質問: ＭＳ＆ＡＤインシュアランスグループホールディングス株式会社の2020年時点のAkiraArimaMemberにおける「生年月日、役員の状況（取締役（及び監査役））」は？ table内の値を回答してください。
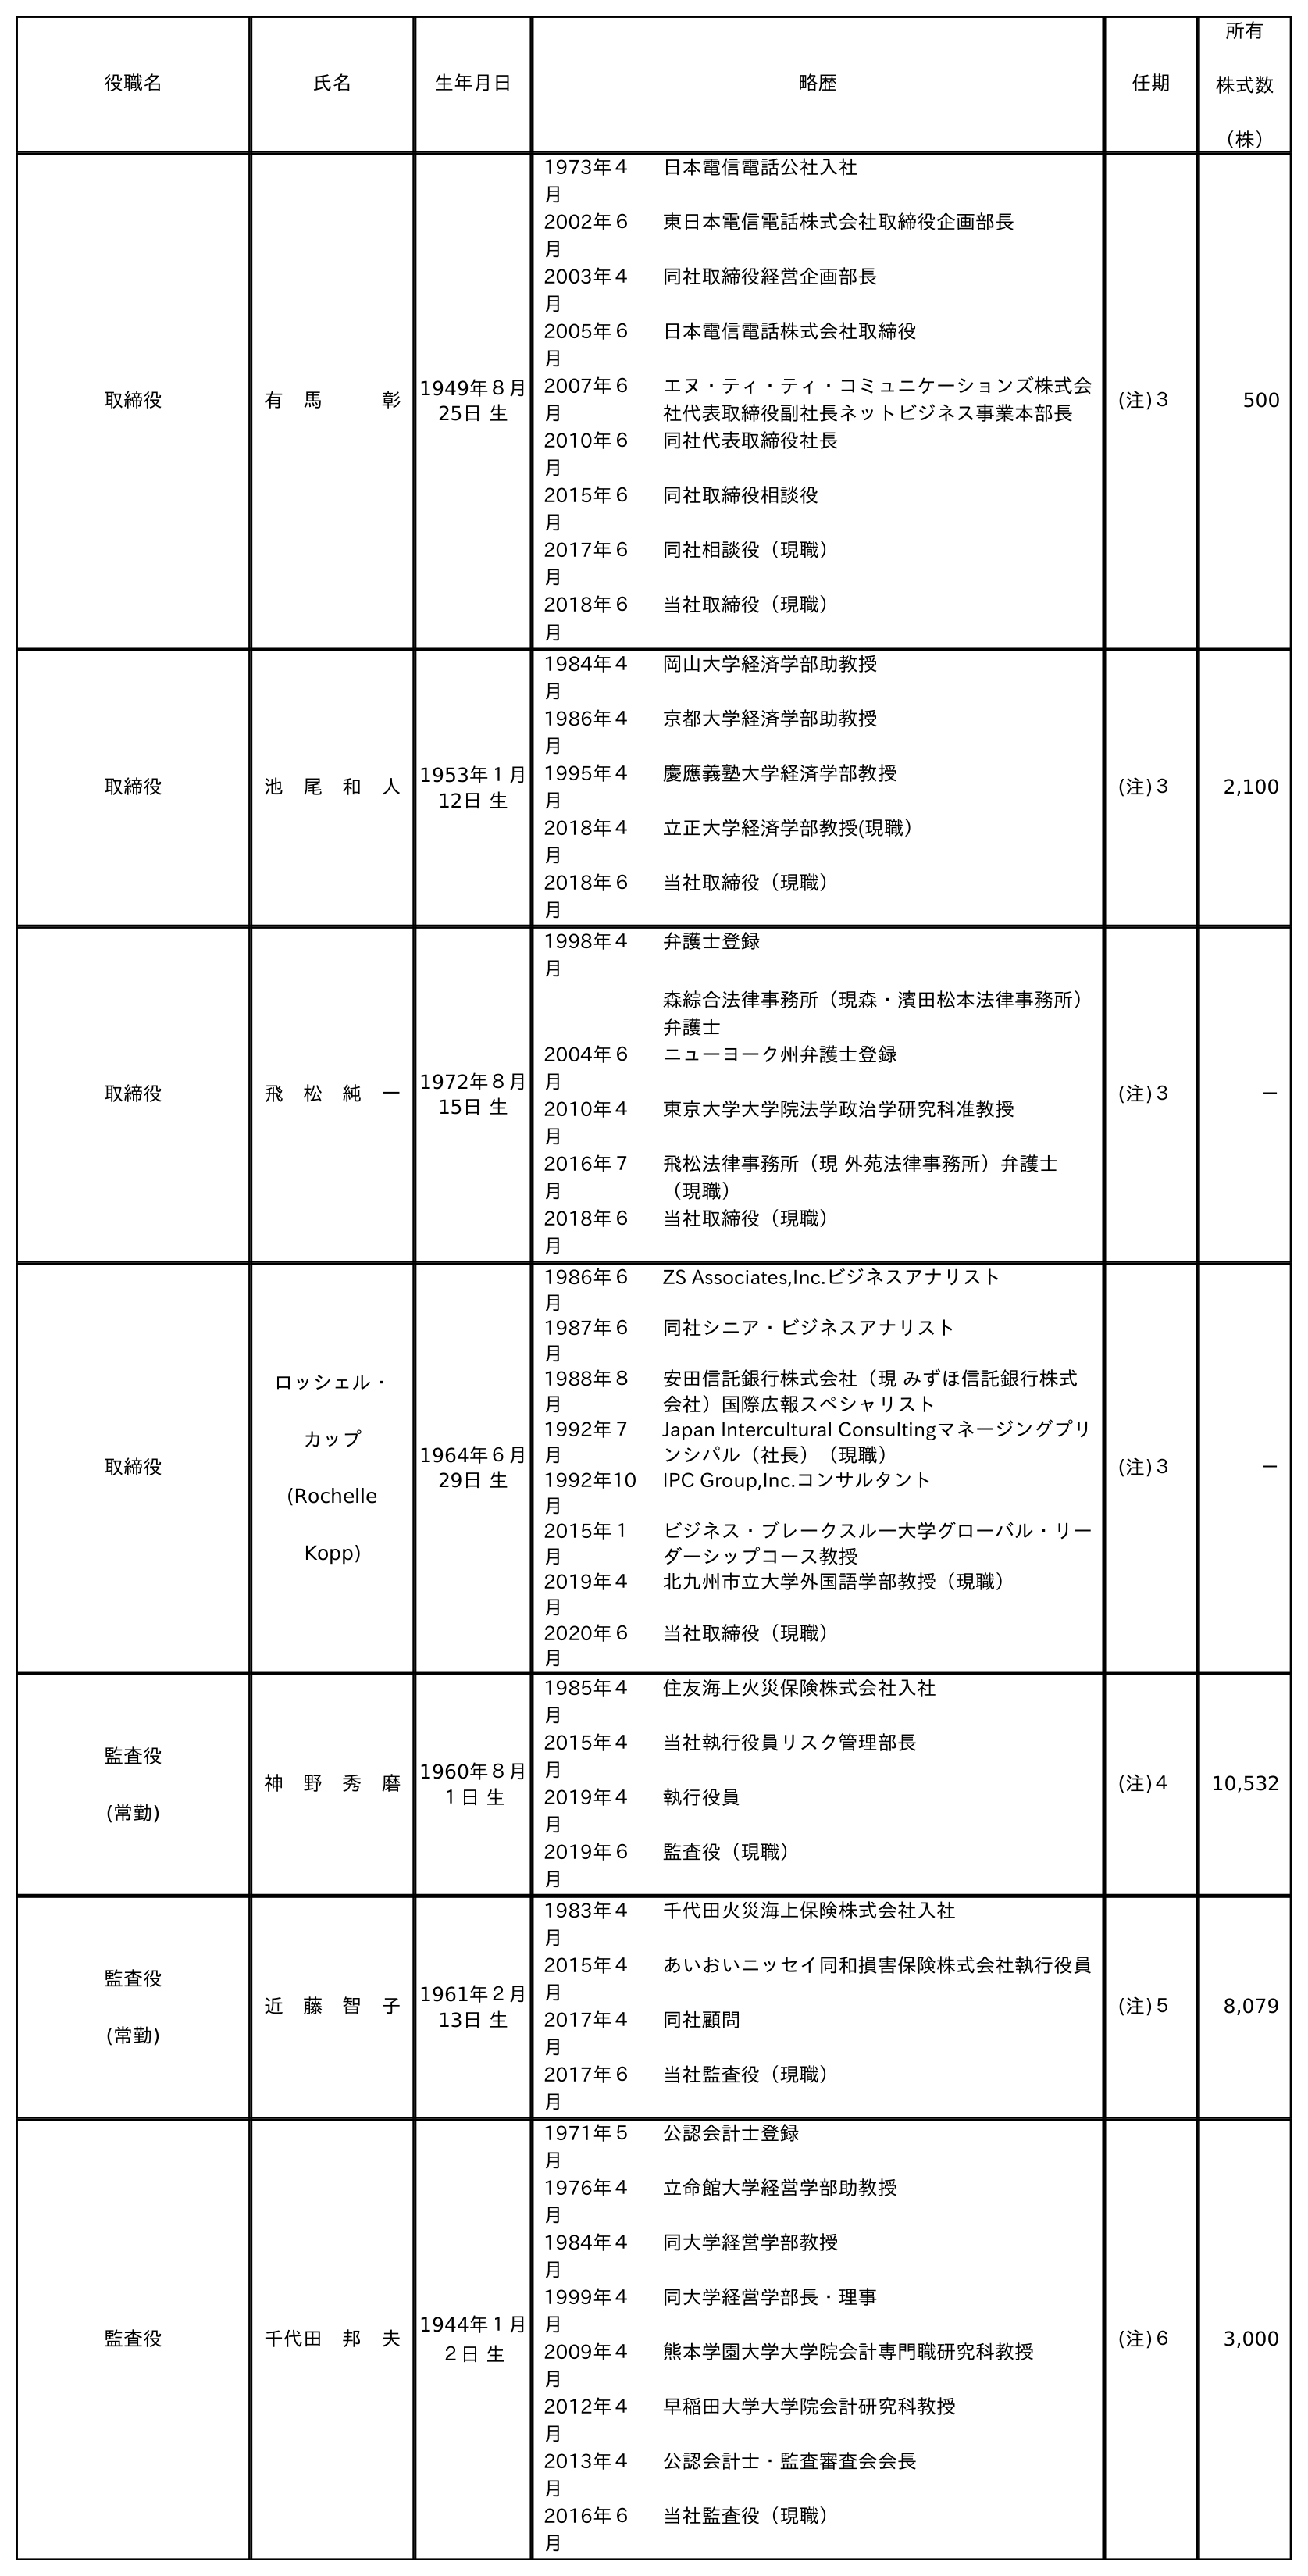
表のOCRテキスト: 役職名 氏名 生年月日 略歴 任期 所有 株式数 （株） 取締役 有 馬   彰 1949年８月 25日 生 1973年４ 月 日本電信電話公社入社 2002年６ 月 東日本電信電話株式会社取締役企画部長 2003年４ 月 同社取締役経営企画部長 2005年６ 月 日本電信電話株式会社取締役 2007年６ 月 エヌ・ティ・ティ・コミュニケーションズ株式会 社代表取締役副社長ネットビジネス事業本部長 2010年６ 月 同社代表取締役社長 2015年６ 月 同社取締役相談役 2017年６ 月 同社相談役（現職） 2018年６ 月 当社取締役（現職） (注)３ 500 取締役 池 尾 和 人 1953年１月 12日 生 1984年４ 月 岡山大学経済学部助教授 1986年４ 月 京都大学経済学部助教授 1995年４ 月 慶應義塾大学経済学部教授 2018年４ 月 立正大学経済学部教授(現職） 2018年６ 月 当社取締役（現職） (注)３ 2,100 取締役 飛 松 純 一 1972年８月 15日 生 1998年４ 月 弁護士登録 森綜合法律事務所（現森・濱田松本法律事務所） 弁護士 2004年６ 月 ニューヨーク州弁護士登録 2010年４ 月 東京大学大学院法学政治学研究科准教授 2016年７ 月 飛松法律事務所（現 外苑法律事務所）弁護士 （現職） 2018年６ 月 当社取締役（現職） (注)３ － 取締役 ロッシェル・ カップ (Rochelle Kopp) 1964年６月 29日 生 1986年６ 月 ZS Associates,Inc.ビジネスアナリスト 1987年６ 月 同社シニア・ビジネスアナリスト 1988年８ 月 安田信託銀行株式会社（現 みずほ信託銀行株式 会社）国際広報スペシャリスト 1992年７ 月 Japan Intercultural Consultingマネージングプリ ンシパル（社長）（現職） 1992年10 月 IPC Group,Inc.コンサルタント 2015年１ 月 ビジネス・ブレークスル―大学グローバル・リー ダーシップコース教授 2019年４ 月 北九州市立大学外国語学部教授（現職） 2020年６ 月 当社取締役（現職） (注)３ － 監査役 (常勤) 神 野 秀 磨 1960年８月 １日 生 1985年４ 月 住友海上火災保険株式会社入社 2015年４ 月 当社執行役員リスク管理部長 2019年４ 月 執行役員 2019年６ 月 監査役（現職） (注)４ 10,532 監査役 (常勤) 近 藤 智 子 1961年２月 13日 生 1983年４ 月 千代田火災海上保険株式会社入社 2015年４ 月 あいおいニッセイ同和損害保険株式会社執行役員 2017年４ 月 同社顧問 2017年６ 月 当社監査役（現職） (注)５ 8,079 監査役 千代田 邦 夫 1944年１月 ２日 生 1971年５ 月 公認会計士登録 1976年４ 月 立命館大学経営学部助教授 1984年４ 月 同大学経営学部教授 1999年４ 月 同大学経営学部長・理事 2009年４ 月 熊本学園大学大学院会計専門職研究科教授 2012年４ 月 早稲田大学大学院会計研究科教授 2013年４ 月 公認会計士・監査審査会会長 2016年６ 月 当社監査役（現職） (注)６ 3,000
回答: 1949年８月25日生